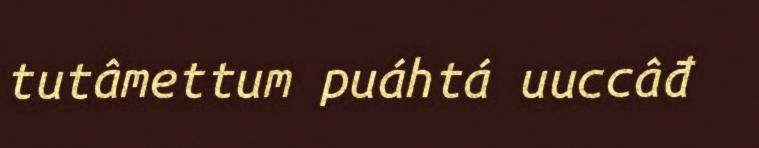
tutâmettum puáhtá uuccâđ